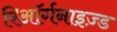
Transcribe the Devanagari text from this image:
रिऑर्गनाइज़्ड